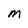
Character: M